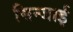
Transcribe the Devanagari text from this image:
सिन्जाई